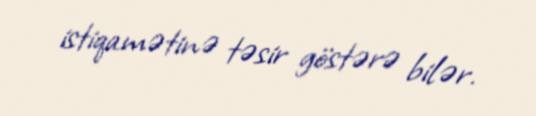
istiqamətinə təsir göstərə bilər.